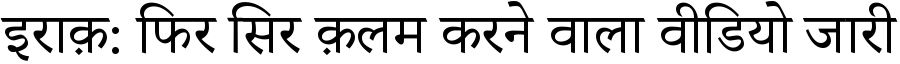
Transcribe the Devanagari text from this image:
इराक़: फिर सिर क़लम करने वाला वीडियो जारी